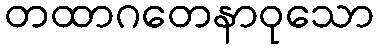
တထာဂတေနာဝုသော